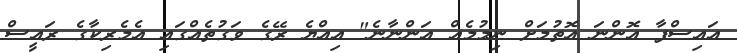
އައިސްފާ އޮންނަ އޮތުމަށް ނިމުމެއް އަންނާނެ" އިއްޔެ ރޭގެ ވަގުތެއްގައި އެމެރިކާގެ ރައީސް